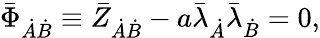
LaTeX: \bar{\Phi}_{\dot{A}\dot{B}}\equiv\bar{Z}_{\dot{A}\dot{B}}-a\bar{\lambda}_{\dot{A}}\bar{\lambda}_{\dot{B}}=0,